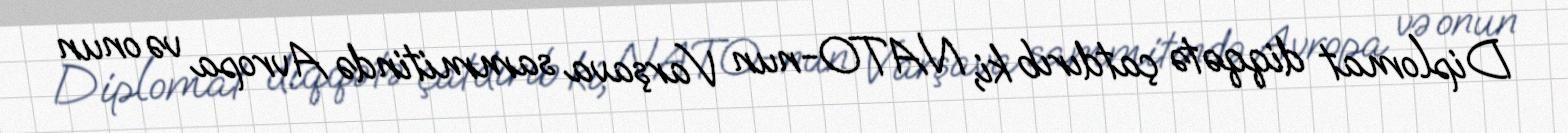
Diplomat diqqətə çatdırıb ki, NATO-nun Varşava sammitində Avropa və onun